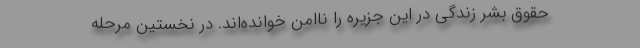
حقوق بشر زندگی در این جزیره را نا‌امن خوانده‌اند. در نخستین مرحله